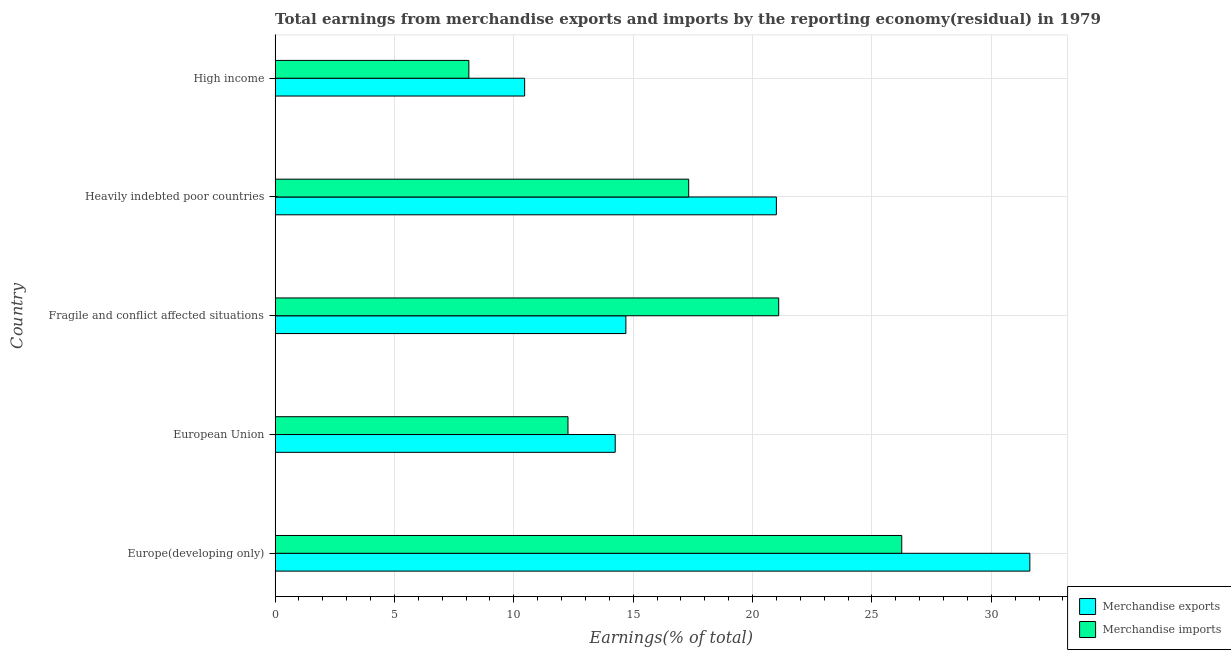
| Country | Merchandise exports | Merchandise imports |
 | --- | --- | --- |
 | Europe(developing only) | 31.6 | 26.3 |
 | European Union | 14.2 | 12.3 |
 | Fragile and conflict affected situations | 14.7 | 21.1 |
 | Heavily indebted poor countries | 21 | 17.3 |
 | High income | 10.5 | 8.12 |